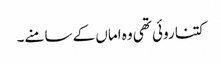
کتنا روئی تھی وہ اماں کے سامنے۔